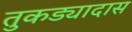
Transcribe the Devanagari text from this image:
तुकड्यादास